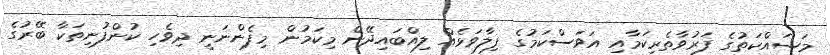
މަސައްކަތުގެ ފަރުވާތެރިކަމާއި އަވަސްކަމުގެ ފިލާވަޅެއް ލިއްބައިދޭން މިކަމުން މިފެންނަނީ ދިވެހި ކުންފުނިތަކާ ބޭރުގެ